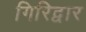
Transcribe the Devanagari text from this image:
गिरिद्वार